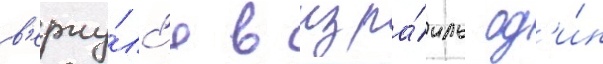
в'ерну́лс'я в изра́иль од'и́н